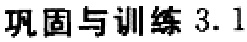
巩固与训练 3.1